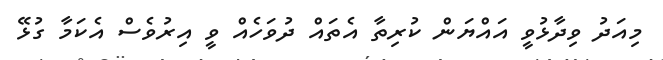
މިއަދު ވިދާޅުވީ އައްޔަން ކުރިތާ އެތައް ދުވަހެއް ވީ އިރުވެސް އެކަމާ ގުޅޭ